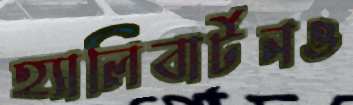
হ্যালিবার্টনও